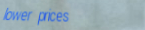
lower prices